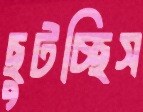
ছুটচ্ছিস